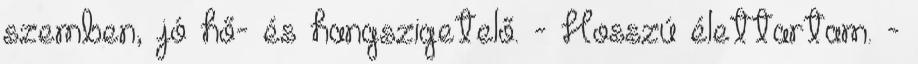
szemben, jó hő- és hangszigetelő. - Hosszú élettartam. -